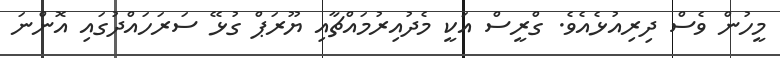
މީހުން ވެސް ދިރިއުޅެއެވެ. ގްރީސް އަކީ މެދުއިރުމައްޗާއި ޔޫރަޕް ގުޅޭ ސަރަހައްދުގައި އޮންނަ